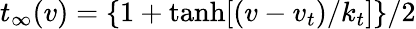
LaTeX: t_{\infty}(v)=\lbrace 1+\operatorname{tanh}[(v-v_{t})/k_{t}]\rbrace/2